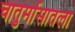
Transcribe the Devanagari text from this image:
चातुर्मासातला